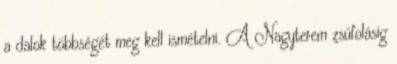
a dalok többségét meg kell ismételni. A Nagyterem zsúfolásig